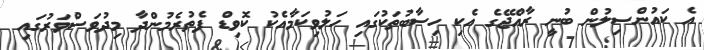
އެ ކައުންސިލުން ބުނީ ރާއްޖޭގެ އެކި ހިސާބުތަކުގައި ހަލުވިކަމާއެކު ކޮވިޑް ފެތުރެމުންދާ މިދުވަސްވަރުގައި